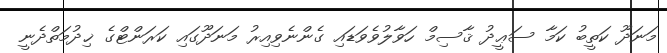
މަނަދޫ ކަތީބު ކަމާ ސަޢީދު ޤާސިމް ހަވާލުވެވަޑައި ގެންނެވިއިރު މަނަދޫގައި ކަރަންޓްގެ ޚިދުމަތްދެނީ